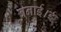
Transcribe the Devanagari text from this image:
बनाई।ई